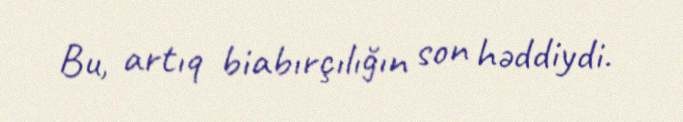
Bu, artıq biabırçılığın son həddiydi.